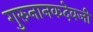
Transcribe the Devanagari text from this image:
गुरुनानकदेवजी